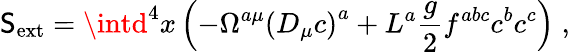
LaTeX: \mathsf{S}_{\mathrm{{ext}}}=\intd^{4}x\left(-\Omega^{a\mu}\left(D_{\mu}c\right)^{a}+L^{a}\frac{{g}}{{2}}f^{abc}c^{b}c^{c}\right)\; ,